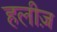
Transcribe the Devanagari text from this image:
हलीज़